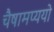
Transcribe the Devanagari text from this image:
चैषामप्ययो